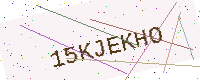
Text: 15KJEKHO